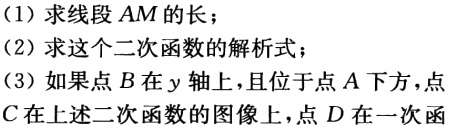
(1)求线段 \(AM\) 的长；
(2)求这个二次函数的解析式；
(3)如果点 \(B\) 在 \(y\) 轴上，且位于点 \(A\) 下方，点 \(C\) 在上述二次函数的图像上，点 \(D\) 在一次函